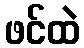
ဖင်ထဲ